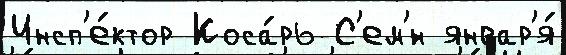
Инсп'е́ктор Коса́рь С'ем'́н январ'я́